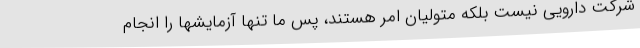
شرکت دارویی نیست بلکه متولیان امر هستند، پس ما تنها آزمایشها را انجام